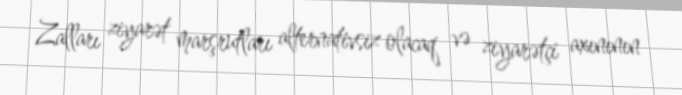
Zalları ziyarət marşrutları alternativsiz olacaq və ziyarətçi axınının